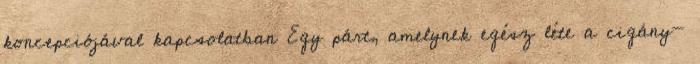
koncepciójával kapcsolatban Egy párt, amelynek egész léte a cigány-